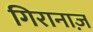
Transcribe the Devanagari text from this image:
गिरानाज़